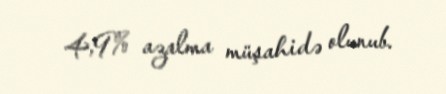
4,9% azalma müşahidə olunub.